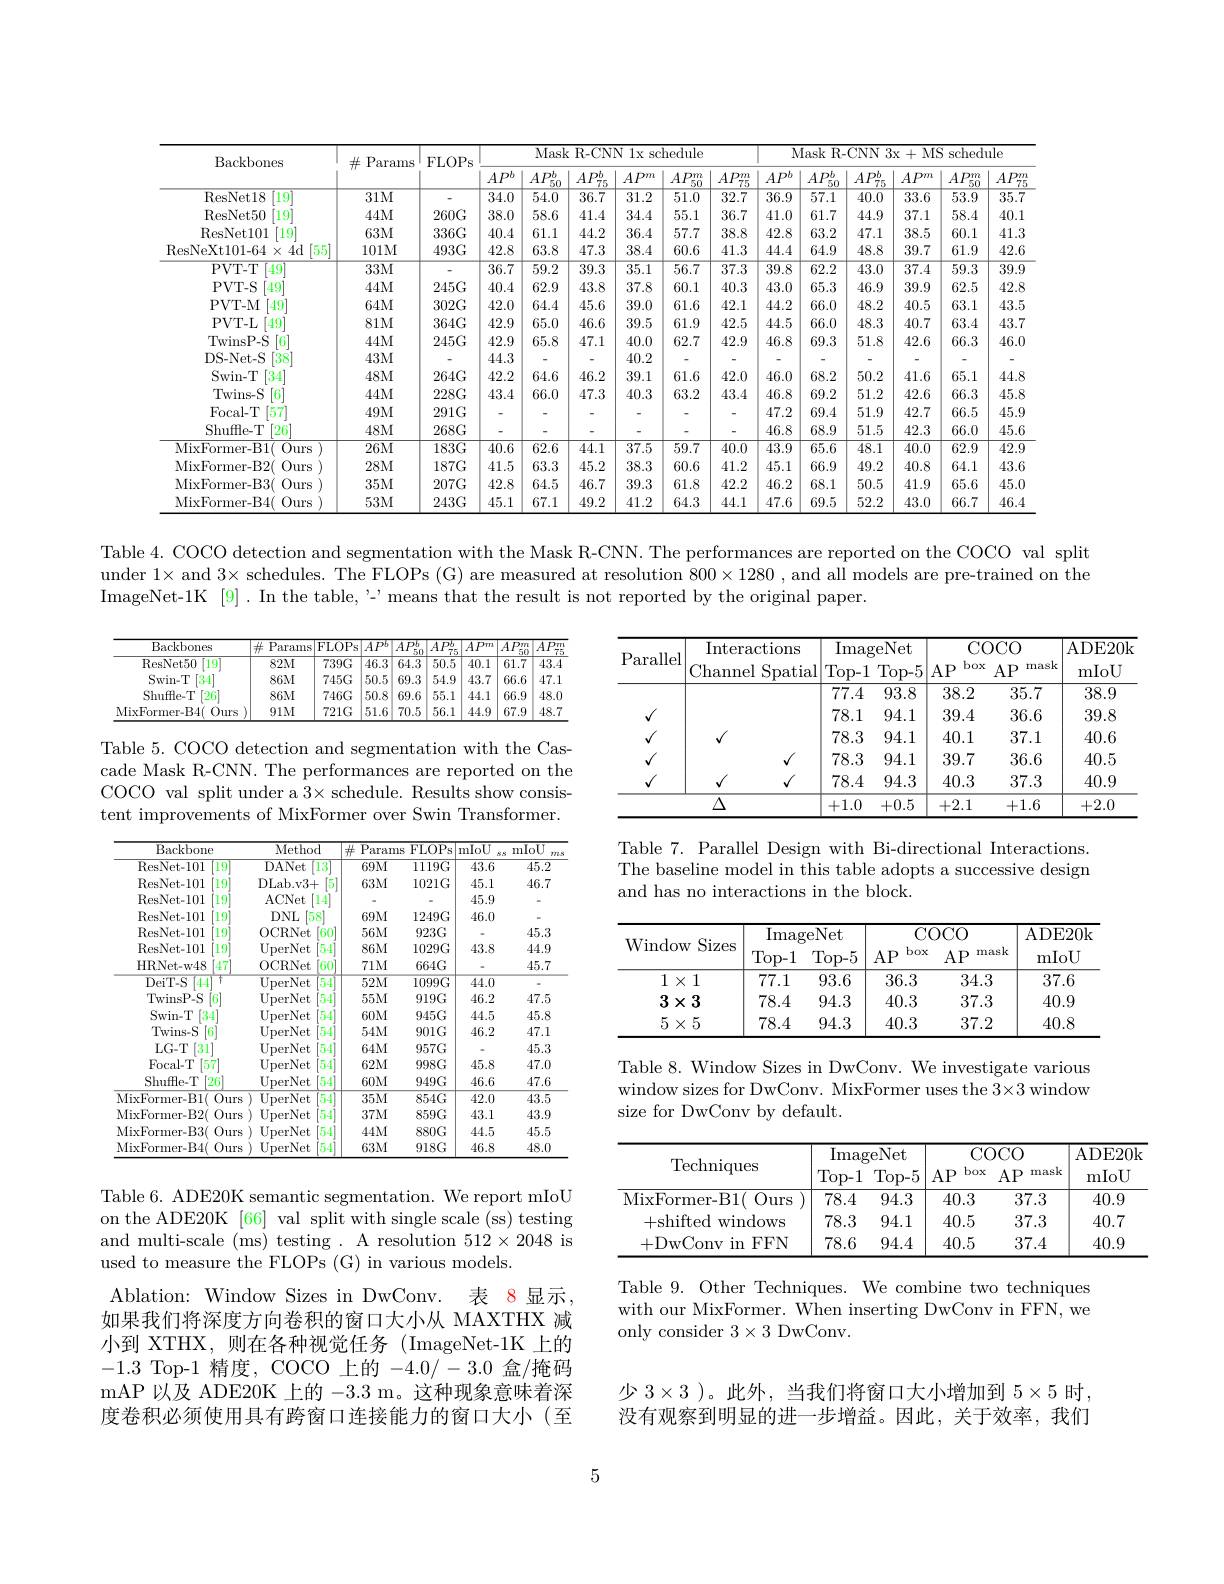
<table>
	<tbody>
		<tr>
			<th rowspan="2">Backbones</th>
			<th rowspan="2">$\#$Params</th>
			<th rowspan="2">FLOPS</th>
			<th colspan="5">Mask R-CNN 1x schedule</th>
			<th> </th>
			<th colspan="5">Mask R- CNN 3x+ MS schedule</th>
		</tr>
		<tr>
			<th>$AP^{b}$</th>
			<th>$AP_{\pi c}^{b}$</th>
			<th>$AP_{7\pi}^{b}$ 75</th>
			<th>$AP^{m}$</th>
			<th>$AP_{50}^{m}$</th>
			<th>$AP^{l}$ 2</th>
			<th>$AP_{\pi c}^{b}$</th>
			<th>$AP_{\pi r}^{b}$ 75</th>
			<th>$AP^m$</th>
			<th>$AP_{50}^{m}$</th>
			<th>$AP_{7}^{n}$</th>
		</tr>
		<tr>
			<td>ResNet18 $\left[19\right]^{\prime}$</td>
			<td>$31M$</td>
			<td> </td>
			<td>$\overline{34.0}$</td>
			<td>$\overline{54.0}$</td>
			<td>36.7</td>
			<td>$\overline{31.2}$</td>
			<td>$\overline{51.0}$</td>
			<td>$\overline{36.5}$</td>
			<td>$\overline{57.1}$</td>
			<td>40.0</td>
			<td>$\overline{33.6}$</td>
			<td>53.9</td>
			<td>$\overline{35.7}$</td>
		</tr>
		<tr>
			<td>ResNet50 $[19^{\prime}]$</td>
			<td>$44M$</td>
			<td>$260G$</td>
			<td>38.0</td>
			<td>58.6</td>
			<td>41.4</td>
			<td>34.4</td>
			<td>55.1</td>
			<td>41.C 1</td>
			<td>61.7</td>
			<td>44.9</td>
			<td>37.1</td>
			<td>58.4</td>
			<td>40.1</td>
		</tr>
		<tr>
			<td>ResNet101 $19^{\prime}$</td>
			<td>$63M$</td>
			<td>$336G$</td>
			<td>40.4</td>
			<td>61.1</td>
			<td>44.2</td>
			<td>36.4</td>
			<td>57.7</td>
			<td>42.8</td>
			<td>63.2</td>
			<td>47.1</td>
			<td>38.5</td>
			<td>60.1</td>
			<td>41.3</td>
		</tr>
		<tr>
			<td>ResNeXt101- 64$\times$4d [55]</td>
			<td>101M</td>
			<td>$493G$</td>
			<td>42.8</td>
			<td>63.8</td>
			<td>47.3</td>
			<td>38.4</td>
			<td>60.6</td>
			<td>44.</td>
			<td>64.9</td>
			<td>48.8</td>
			<td>39.7</td>
			<td>61.9</td>
			<td>42.6</td>
		</tr>
		<tr>
			<td>PVT- T [49]</td>
			<td>$33M$</td>
			<td> </td>
			<td>36.7</td>
			<td>$\overline{59.2}$</td>
			<td>$\overline{39.3}$</td>
			<td>$\overline{35.1}$</td>
			<td>$\overline{56.7}$</td>
			<td>$\overline{39.8}$</td>
			<td>62.2</td>
			<td>$\overline{43.0}$</td>
			<td>$\overline{37.4}$</td>
			<td>59.3</td>
			<td>$\overline{39.9}$</td>
		</tr>
		<tr>
			<td>PVT- S $[49^{\prime}]$</td>
			<td>$44M$</td>
			<td>$245G$</td>
			<td>40.4</td>
			<td>62.9</td>
			<td>43.8</td>
			<td>37.8</td>
			<td>60.1</td>
			<td>43.0</td>
			<td>65.3</td>
			<td>46.9</td>
			<td>39.9</td>
			<td>62.5</td>
			<td>42.8</td>
		</tr>
		<tr>
			<td>PVT- M $[49^{\prime}$</td>
			<td>$64M$</td>
			<td>$302G$</td>
			<td>42.0</td>
			<td>64.4</td>
			<td>45.6</td>
			<td>39.0</td>
			<td>61.6</td>
			<td>44.5</td>
			<td>66.0</td>
			<td>48.2</td>
			<td>40.5</td>
			<td>63.1</td>
			<td>43.5</td>
		</tr>
		<tr>
			<td>PVT- L $[49^{\prime}$</td>
			<td>$81M$</td>
			<td>$364G$</td>
			<td>42.9</td>
			<td>65.0</td>
			<td>46.6</td>
			<td>39.5</td>
			<td>61.9</td>
			<td>44.5</td>
			<td>66.0</td>
			<td>48.3</td>
			<td>40.7</td>
			<td>63.4</td>
			<td>43.7</td>
		</tr>
		<tr>
			<td>TwinsP- S [6]</td>
			<td>$44M$</td>
			<td>$245G$</td>
			<td>42.9</td>
			<td>65.8</td>
			<td>47.1</td>
			<td>40.0</td>
			<td>62.7</td>
			<td>46.8</td>
			<td>69.3</td>
			<td>51.8</td>
			<td>42.6</td>
			<td>66.3</td>
			<td>46.0</td>
		</tr>
		<tr>
			<td>DS- Net- S [38]</td>
			<td>$43M$</td>
			<td> </td>
			<td>44.3</td>
			<td> </td>
			<td>-</td>
			<td>40.2</td>
			<td> </td>
			<td> </td>
			<td>-</td>
			<td>-</td>
			<td>-</td>
			<td> </td>
			<td>-</td>
		</tr>
		<tr>
			<td>Swin- T [34]</td>
			<td>$48M$</td>
			<td>$264G$</td>
			<td>42.2</td>
			<td>64.6</td>
			<td>46.2</td>
			<td>39.1</td>
			<td>61.6</td>
			<td>46.0.0</td>
			<td>68.2</td>
			<td>50.2</td>
			<td>41.6</td>
			<td>65.1</td>
			<td>44.8</td>
		</tr>
		<tr>
			<td>Twins- S 6</td>
			<td>$44M$</td>
			<td>$228G$</td>
			<td>43.4</td>
			<td>66.0</td>
			<td>47.3</td>
			<td>40.3</td>
			<td>63.2</td>
			<td>46.8</td>
			<td>69.2</td>
			<td>51.2</td>
			<td>42.6</td>
			<td>66.3</td>
			<td>45.8</td>
		</tr>
		<tr>
			<td>Focal-T $\left[57\right]$</td>
			<td>$49M$</td>
			<td>$291G$</td>
			<td>-</td>
			<td> </td>
			<td>-</td>
			<td>-</td>
			<td> </td>
			<td>47.2</td>
			<td>69.4</td>
			<td>51.9</td>
			<td>42.7</td>
			<td>66.5</td>
			<td>45.9</td>
		</tr>
		<tr>
			<td>Shuffle-T $[26^{*}$</td>
			<td>$48M$</td>
			<td>$268G$</td>
			<td>-</td>
			<td> </td>
			<td>-</td>
			<td>-</td>
			<td> </td>
			<td>46.8</td>
			<td>68.9</td>
			<td>51.5</td>
			<td>42.3</td>
			<td>66.0</td>
			<td>45.6</td>
		</tr>
		<tr>
			<td>MixFormer- B1( $0urs$</td>
			<td>$26M$</td>
			<td>$183G$</td>
			<td>40.6</td>
			<td>$\overline{62.6}$</td>
			<td>44.1</td>
			<td>$\overline{37.5}$</td>
			<td>$\overline{59.7}$</td>
			<td>$\overline{43.5}$</td>
			<td>65.6</td>
			<td>48.1</td>
			<td>40.0</td>
			<td>62.9</td>
			<td>$\overline{42.9}$</td>
		</tr>
		<tr>
			<td>MixFormer- B2( Ours</td>
			<td>$28M$</td>
			<td>$187G$</td>
			<td>41.5</td>
			<td>63.3</td>
			<td>45.2</td>
			<td>38.3</td>
			<td>60.6</td>
			<td>45.1</td>
			<td>66.9</td>
			<td>49.2</td>
			<td>40.8</td>
			<td>64.1</td>
			<td>43.6</td>
		</tr>
		<tr>
			<td>MixFormer- B3( Ours</td>
			<td>$35M$</td>
			<td>$207G$</td>
			<td>42.8</td>
			<td>64.5</td>
			<td>46.7</td>
			<td>39.3</td>
			<td>61.8</td>
			<td>46.2</td>
			<td>68.1</td>
			<td>50.5</td>
			<td>41.9</td>
			<td>65.6</td>
			<td>45.0</td>
		</tr>
		<tr>
			<td>MixFormer- B4( $0urs$</td>
			<td>$53M$</td>
			<td>$243G$</td>
			<td>45.1</td>
			<td>67.1</td>
			<td>49.2</td>
			<td>41.2</td>
			<td>64.3</td>
			<td>47.</td>
			<td>69.5</td>
			<td>52.2</td>
			<td>43.0</td>
			<td>66.7</td>
			<td>46.4</td>
		</tr>
	</tbody>
</table>

Table 4. COCO detection and segmentation with the Mask R-CNN. The performances are reported on the COCO val split under $1\times$ and 3× schedules. The FLOPs (G) are measured at resolution $800\times1280$ , and all models are pre-trained on the ImageNet-1K[9]. In the table, '- means that the result is not reported by the original paper.

<table>
	<tbody>
		<tr>
			<th>Backbones</th>
			<th>Params 井 $=\frac{1}{2}$ $\vdots$ - 1</th>
			<th>FLOPS</th>
			<th>$AP^b$</th>
			<th>$AP_{56}^{b}$ 11 50 1</th>
			<th>$AP_{\pi r}^{b}$</th>
			<th>$AP^{m}$</th>
			<th>$\overline{AP_{50}^{m}}$ B T</th>
			<th>$AP_{\pi}^{\tau}$ 7</th>
		</tr>
		<tr>
			<td>ResNet50 [19]</td>
			<td>$82M$</td>
			<td>$739G$</td>
			<td>$\overline{46.3}$</td>
			<td>64.3</td>
			<td>$\overline{50.5}$</td>
			<td>$\overline{40.1}$</td>
			<td>$\overline{61.7}$</td>
			<td>43.4</td>
		</tr>
		<tr>
			<td>Swin- T [34]</td>
			<td>$86M$</td>
			<td>$745G$</td>
			<td>50.5</td>
			<td>69.3</td>
			<td>54.9</td>
			<td>43.7</td>
			<td>66.6</td>
			<td>47.1</td>
		</tr>
		<tr>
			<td>Shuffle-T $[26^{*}]$</td>
			<td>$86M$</td>
			<td>$746G$</td>
			<td>50.8</td>
			<td>69.6</td>
			<td>55.1</td>
			<td>44.1</td>
			<td>66.9</td>
			<td>48.0</td>
		</tr>
		<tr>
			<td>MixFormer-B4( $0urs$</td>
			<td>$91M$</td>
			<td>$721G$</td>
			<td>51.6</td>
			<td>70.5</td>
			<td>56.1</td>
			<td>44.9</td>
			<td>67.9</td>
			<td>48.7</td>
		</tr>
	</tbody>
</table>

<table>
	<tbody>
		<tr>
			<th rowspan="3">Parallel</th>
			<th rowspan="3">Interactions Channel Spatial</th>
			<th>Imag Top- 1 7</th>
			<th>geNet Top- 5 1</th>
			<th>CCC box $AP$</th>
			<th>$OCO$ mask $x$ $AP$</th>
			<th>ADE20k mIoU</th>
		</tr>
		<tr>
			<th>$\overline{\mathrm{Imag}}$</th>
			<th>geNet</th>
			<th>$CCC$</th>
			<th>$OCO$</th>
			<th>ADE20k</th>
		</tr>
		<tr>
			<th>Top- 1</th>
			<th>Top- 5 11</th>
			<th>box $AP$</th>
			<th>$x$ $AP$ mask</th>
			<th>mIoU</th>
		</tr>
		<tr>
			<td> </td>
			<td> </td>
			<td>77.4</td>
			<td>93.8</td>
			<td>38.2</td>
			<td>35.7</td>
			<td>38.9</td>
		</tr>
		<tr>
			<td>$\textbf{、 }$</td>
			<td> </td>
			<td>78.1</td>
			<td>94.1</td>
			<td>39.4</td>
			<td>36.6</td>
			<td>39.8</td>
		</tr>
		<tr>
			<td>$\textbf{、 }$</td>
			<td>$\sqrt{1}$</td>
			<td>78.3</td>
			<td>94.1</td>
			<td>40.1</td>
			<td>37.1</td>
			<td>40.6</td>
		</tr>
		<tr>
			<td>$\textbf{、 }$</td>
			<td>$√$</td>
			<td>78.3</td>
			<td>94.1</td>
			<td>39.7</td>
			<td>36.6</td>
			<td>40.5</td>
		</tr>
		<tr>
			<td>$√$</td>
			<td>$√$ $√$</td>
			<td>78.4</td>
			<td>94.3</td>
			<td>40.3</td>
			<td>37.3</td>
			<td>40.9</td>
		</tr>
		<tr>
			<td> </td>
			<td>$\Delta$</td>
			<td>+1.0</td>
			<td>+0.5</td>
			<td>+2.1</td>
			<td>+1.6</td>
			<td>+2.0</td>
		</tr>
	</tbody>
</table>

Table 5. COCO detection and segmentation with the Cascade Mask R-CNN. The performances are reported on the COCO val split under a 3× schedule. Results show consistent improvements of MixFormer over Swin Transformer.

Table 7. Parallel Design with Bi-directional Interactions. The baseline model in this table adopts a successive design and has no interactions in the block.

<table>
	<tbody>
		<tr>
			<th rowspan="2">Window Sizes</th>
			<th colspan="2">ImageNet</th>
			<th colspan="2">COCO</th>
			<th rowspan="2">ADE20k mIoU</th>
		</tr>
		<tr>
			<th>Top- 1</th>
			<th>Top- 5</th>
			<th>box $AP$</th>
			<th>rnask $AP$</th>
		</tr>
		<tr>
			<td>$1\times1$</td>
			<td>77.1</td>
			<td>93.6</td>
			<td>36.3</td>
			<td>34.3</td>
			<td>37.6</td>
		</tr>
		<tr>
			<td>$3\times3$</td>
			<td>78.4</td>
			<td>94.3</td>
			<td>40.3</td>
			<td>37.3</td>
			<td>40.9</td>
		</tr>
		<tr>
			<td>$5\times5$</td>
			<td>78.4</td>
			<td>94.3</td>
			<td>40.3</td>
			<td>37.2</td>
			<td>40.8</td>
		</tr>
	</tbody>
</table>

<table>
	<tbody>
		<tr>
			<th>Backbone</th>
			<th>Method</th>
			<th>井 $\mathrm{P}_{i}$ ' arams</th>
			<th>$\overline{{\mathrm{FLOPS}}}$</th>
			<th>$\overline{\mathrm{mIoU}}$ $S$</th>
			<th>mIoU $ms$</th>
		</tr>
		<tr>
			<td>ResNet- 101 $19^{\prime}$</td>
			<td>DANet 13</td>
			<td>69M</td>
			<td>$1119G$</td>
			<td>43.6</td>
			<td>45.2</td>
		</tr>
		<tr>
			<td>ResNet- 101 $19^{\prime}$</td>
			<td>DLab. v3+ </td>
			<td>63M</td>
			<td>$1021G$</td>
			<td>45.1</td>
			<td>46.7</td>
		</tr>
		<tr>
			<td>ResNet- 101 $19^{\prime}$</td>
			<td>ACNet $14^{\prime}$</td>
			<td> </td>
			<td> </td>
			<td>45.9</td>
			<td> </td>
		</tr>
		<tr>
			<td>ResNet- 101 $19^{\prime}$</td>
			<td>$DNL$ $158^{\prime}$</td>
			<td>69M</td>
			<td>$1249G$</td>
			<td>46.0</td>
			<td> </td>
		</tr>
		<tr>
			<td>ResNet- 101 $19^{\prime}$</td>
			<td>0CRNet $\lceil60$</td>
			<td>$56M$</td>
			<td>$923G$</td>
			<td> </td>
			<td>45.3</td>
		</tr>
		<tr>
			<td>ResNet- 101 19</td>
			<td>UperNet 54</td>
			<td>$86M$</td>
			<td>$1029G$</td>
			<td>43.8</td>
			<td>44.9</td>
		</tr>
		<tr>
			<td>HRNet- w48 $[47^{\prime}$</td>
			<td>0CRNet $\lceil60$</td>
			<td>$71M$</td>
			<td>$664G$</td>
			<td> </td>
			<td>45.7</td>
		</tr>
		<tr>
			<td>DeiT- S [44] T</td>
			<td>$\overline{{\mathrm{UperNet}}}$ 54</td>
			<td>52M</td>
			<td>$1099G$</td>
			<td>44.0</td>
			<td> </td>
		</tr>
		<tr>
			<td>TwinsP- S |6</td>
			<td>UperNet 54</td>
			<td>55M</td>
			<td>$919G$</td>
			<td>46.2</td>
			<td>47.5</td>
		</tr>
		<tr>
			<td>Swin- T [34]</td>
			<td>UperNet 54</td>
			<td>60M</td>
			<td>$945G$</td>
			<td>44.5</td>
			<td>45.8</td>
		</tr>
		<tr>
			<td>Twins- S 6</td>
			<td>UperNet 54</td>
			<td>$54M$</td>
			<td>$901G$</td>
			<td>46.2</td>
			<td>47.1</td>
		</tr>
		<tr>
			<td>$LG-T$ $\left[31\right]$</td>
			<td>UperNet 54</td>
			<td>64M</td>
			<td>$957G$</td>
			<td> </td>
			<td>45.3</td>
		</tr>
		<tr>
			<td>Focal- T 157</td>
			<td>UperNet 54</td>
			<td>62M</td>
			<td>$998G$</td>
			<td>45.8</td>
			<td>47.0</td>
		</tr>
		<tr>
			<td>Shuffle.T $[26^{\prime}]$</td>
			<td>UperNet 54</td>
			<td>60M</td>
			<td>$949G$</td>
			<td>46.6</td>
			<td>47.6</td>
		</tr>
		<tr>
			<td>MixFormer- B1( Ours</td>
			<td>$\overline{{\mathrm{UperNet}}}$ 54</td>
			<td>35M</td>
			<td>$854G$</td>
			<td>42.0</td>
			<td>43.5</td>
		</tr>
		<tr>
			<td>MixFormer- B2( Ours</td>
			<td>UperNet 54</td>
			<td>$37M$</td>
			<td>$859G$</td>
			<td>43.1</td>
			<td>43.9</td>
		</tr>
		<tr>
			<td>MixFormer- B3( Ours</td>
			<td>UperNet 54</td>
			<td>44M</td>
			<td>$880G$</td>
			<td>44.5</td>
			<td>45.5</td>
		</tr>
		<tr>
			<td>MixFormer- B4( Ours</td>
			<td>UperNet 54</td>
			<td>$63M$</td>
			<td>$918G$</td>
			<td>46.8</td>
			<td>48.0</td>
		</tr>
	</tbody>
</table>

Table 8. Window Sizes in DwConv. We investigate various window sizes for DwConv. MixFormer uses the 3×3 window size for DwConv by default

<table>
	<tbody>
		<tr>
			<th rowspan="3">$\operatorname{Techniques}$</th>
			<th>$\overline{\mathrm{Ima}_{\{}}$</th>
			<th>reNet</th>
			<th colspan="2">$\operatorname{COCO}$</th>
			<th rowspan="3">ADE20k mIoU</th>
		</tr>
		<tr>
			<th>Imag Top- 1</th>
			<th>reNet Top- 5</th>
			<th>CC box $AP$</th>
			<th>OCO $AP$ rnask</th>
		</tr>
		<tr>
			<th>Top- 1</th>
			<th>Top- 5</th>
			<th>box $AP$</th>
			<th>$AP$ rnask</th>
		</tr>
		<tr>
			<td>MixFormer- B1( Ours</td>
			<td>78.4</td>
			<td>94.3</td>
			<td>40.3</td>
			<td>37.3</td>
			<td>40.9</td>
		</tr>
		<tr>
			<td>+shifted windows</td>
			<td>78.3</td>
			<td>94.1</td>
			<td>40.5</td>
			<td>37.3</td>
			<td>40.7</td>
		</tr>
		<tr>
			<td>+DwConv in FFN</td>
			<td>78.6</td>
			<td>94.4</td>
			<td>40.5</td>
			<td>37.4</td>
			<td>40.9</td>
		</tr>
	</tbody>
</table>

Table 6. ADE20K semantic segmentation. We report mIoU on the ADE20K [66] val split with single scale (ss) testing and multi-scale (ms) testing . A resolution $512\times2048$ is used to measure the FLOPs (G) in various models.
Ablation: Window Sizes in DwConv. 表 8 显示， 如果我们将深度方向卷积的窗口大小从 MAXTHX 减小到 XTHX, 则在各种视觉任务 (ImageNet-1K 上的-1.3 Top-1 精度，COCO 上的 -4.0/-3.0 盒/掩码mAP 以及 ADE20K 上的 -3.3 m。这种现象意味着深度卷积必须使用具有跨窗口连接能力的窗口大小(至

Table 9. Other Techniques. We combine two techniques with our MixFormer. When inserting DwConv in FFN, we only consider $3\times3$ DwConv.

少 3$\times3$ )。此外，当我们将窗口大小增加到 $5\times5$ 时， 没有观察到明显的进一步增益。因此，关于效率，我们

5